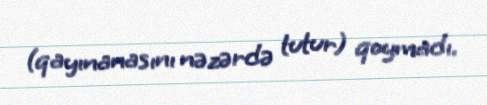
(qayınanasını nəzərdə tutur) qoymadı.